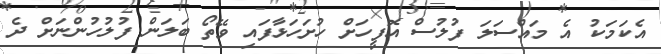
އެކަމަކު އެ މައްސަލަ ފުލުސް އޮފީހަށް ހުށަހަޅާފައި ވޭތޯ ބަލަން ފުލުހުންނަށް ދެ